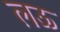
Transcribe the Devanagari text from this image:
लऊ